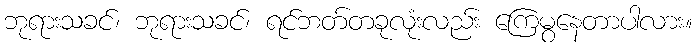
ဘုရားသခင်၊ ဘုရားသခင်၊ ရင်ဘတ်တခုလုံးလည်း ကြေမွနေတာပါလား။